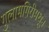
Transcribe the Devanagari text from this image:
गुलामगिरीमधून